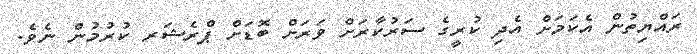
ރައްޔިތުން އެކަމަށް އެދި ކުރީގެ ސަރުކާރަށް ވަރަށް ބޮޑަށް ޕްރެޝަރ ކުރުމުން ނެވެ.